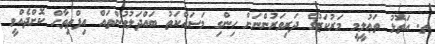
ތ. އަތޮޅު ތަޢުލީމީ މަރުކަޒުގެ ދަރިވަރުންނަށް ހިންގި މަސައްކަތު ބައްދަލުވުންތައް އިފްތިތާޙް ކޮށްދެއްވީ